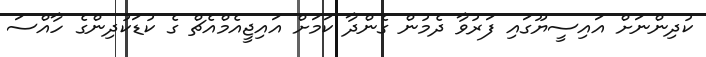
ކުދިންނަށް އައިސީޔޫގައި ފަރުވާ ދެމުން ގެންދާ ކަމަށް އައިޖީއެމްއެޗް ގެ ކުޑަކުދިންގެ ހާއްސަ